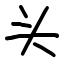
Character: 头